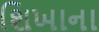
શિખાના